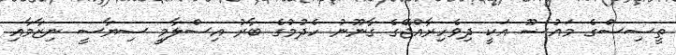
ތީސިސްގެ މައުޟޫ އަކީ ދިވެހިރާއްޖޭގެ ގާނޫނު ހެދުމުގެ ބާރު އިސްލާމީ ސިޔާސީ ނިޒާމާއި